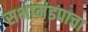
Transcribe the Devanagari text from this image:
सभामंडपाचा